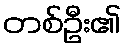
တစ်ဦး၏